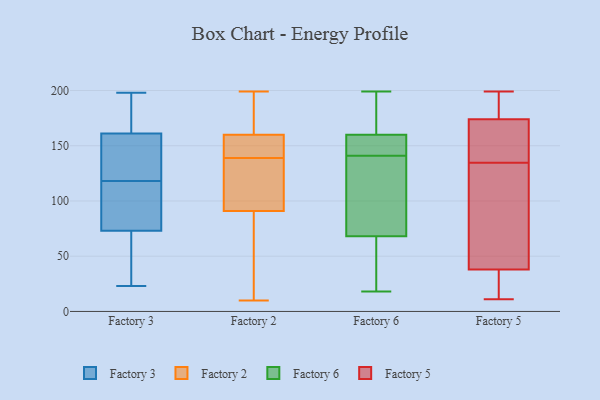
{"axis": {"x": "Headcount", "y": "Value"}, "legend": ["Factory 2", "Factory 3", "Factory 5", "Factory 6"], "data": [{"x": "", "y": 161, "type": "Factory 3"}, {"x": "", "y": 107, "type": "Factory 3"}, {"x": "", "y": 60, "type": "Factory 3"}, {"x": "", "y": 110, "type": "Factory 3"}, {"x": "", "y": 126, "type": "Factory 3"}, {"x": "", "y": 172, "type": "Factory 3"}, {"x": "", "y": 23, "type": "Factory 3"}, {"x": "", "y": 82, "type": "Factory 3"}, {"x": "", "y": 148, "type": "Factory 3"}, {"x": "", "y": 170, "type": "Factory 3"}, {"x": "", "y": 25, "type": "Factory 3"}, {"x": "", "y": 198, "type": "Factory 3"}, {"x": "", "y": 150, "type": "Factory 3"}, {"x": "", "y": 73, "type": "Factory 3"}, {"x": "", "y": 150, "type": "Factory 2"}, {"x": "", "y": 159, "type": "Factory 2"}, {"x": "", "y": 10, "type": "Factory 2"}, {"x": "", "y": 163, "type": "Factory 2"}, {"x": "", "y": 160, "type": "Factory 2"}, {"x": "", "y": 135, "type": "Factory 2"}, {"x": "", "y": 127, "type": "Factory 2"}, {"x": "", "y": 199, "type": "Factory 2"}, {"x": "", "y": 143, "type": "Factory 2"}, {"x": "", "y": 173, "type": "Factory 2"}, {"x": "", "y": 153, "type": "Factory 2"}, {"x": "", "y": 120, "type": "Factory 2"}, {"x": "", "y": 164, "type": "Factory 2"}, {"x": "", "y": 76, "type": "Factory 2"}, {"x": "", "y": 91, "type": "Factory 2"}, {"x": "", "y": 97, "type": "Factory 2"}, {"x": "", "y": 49, "type": "Factory 2"}, {"x": "", "y": 82, "type": "Factory 2"}, {"x": "", "y": 79, "type": "Factory 6"}, {"x": "", "y": 199, "type": "Factory 6"}, {"x": "", "y": 190, "type": "Factory 6"}, {"x": "", "y": 57, "type": "Factory 6"}, {"x": "", "y": 147, "type": "Factory 6"}, {"x": "", "y": 148, "type": "Factory 6"}, {"x": "", "y": 18, "type": "Factory 6"}, {"x": "", "y": 21, "type": "Factory 6"}, {"x": "", "y": 135, "type": "Factory 6"}, {"x": "", "y": 96, "type": "Factory 6"}, {"x": "", "y": 153, "type": "Factory 6"}, {"x": "", "y": 167, "type": "Factory 6"}, {"x": "", "y": 140, "type": "Factory 5"}, {"x": "", "y": 38, "type": "Factory 5"}, {"x": "", "y": 130, "type": "Factory 5"}, {"x": "", "y": 196, "type": "Factory 5"}, {"x": "", "y": 169, "type": "Factory 5"}, {"x": "", "y": 119, "type": "Factory 5"}, {"x": "", "y": 11, "type": "Factory 5"}, {"x": "", "y": 25, "type": "Factory 5"}, {"x": "", "y": 22, "type": "Factory 5"}, {"x": "", "y": 59, "type": "Factory 5"}, {"x": "", "y": 174, "type": "Factory 5"}, {"x": "", "y": 139, "type": "Factory 5"}, {"x": "", "y": 179, "type": "Factory 5"}, {"x": "", "y": 199, "type": "Factory 5"}]}